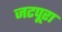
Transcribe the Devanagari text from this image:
जटपूरा